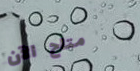
متاح الآن